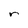
Character: r